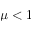
\mu < 1